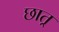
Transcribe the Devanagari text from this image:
छात्र्